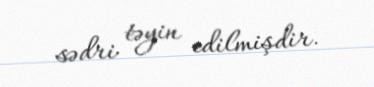
sədri təyin edilmişdir.